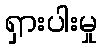
ရှားပါးမှု